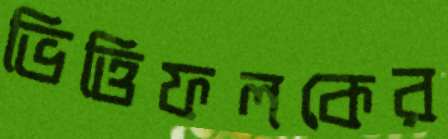
ভিত্তিফলকের